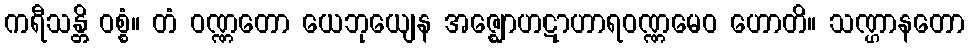
ကရီသန္တိ ဝစ္စံ။ တံ ဝဏ္ဏတော ယေဘုယျေန အဇ္ဈောဟဋာဟာရဝဏ္ဏမေဝ ဟောတိ။ သဏ္ဌာနတော